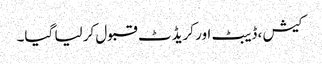
کیش ، ڈیبٹ اور کریڈٹ قبول کر لیا گیا۔